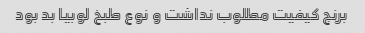
برنج کیفیت مطلوب نداشت و نوع طبخ لوبیا بد بود